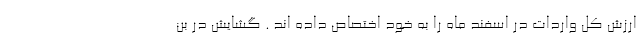
ارزش کل واردات در اسفند ماه را به خود اختصاص داده اند . گشایش در بن